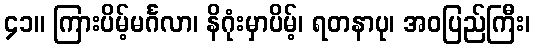
၄၁။ ကြားပိမ့်မင်္ဂလာ၊ နိဂုံးမှာပိမ့်၊ ရတနာပု၊ အဝပြည်ကြီး၊